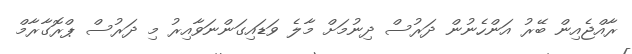
ރާއްޖެއިން ބޭރު އަންހެނުން ދަރުސް ދިނުމަށް މާލެ ވަޑައިގަންނަވާއިރު މި ދަރުސް ޕްރޮގާރާމް